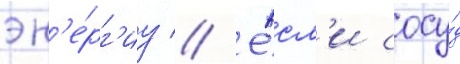
эн'е́рг'иу // Е́сл'и сосу́д